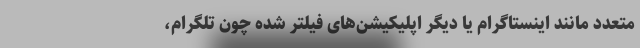
متعدد مانند اینستاگرام یا دیگر اپلیکیشن‌های فیلتر شده چون تلگرام،